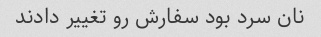
نان سرد بود سفارش رو تغییر دادند